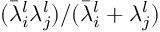
( \bar { \lambda } _ { i } ^ { l } \lambda _ { j } ^ { l } ) / ( \bar { \lambda } _ { i } ^ { l } + \lambda _ { j } ^ { l } )